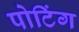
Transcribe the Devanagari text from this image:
पोटिंग